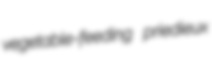
vegetable-feeding priedieux